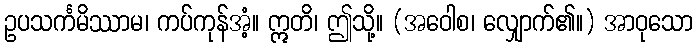
ဥပသင်္ကမိဿာမ၊ ကပ်ကုန်အံ့။ ဣတိ၊ ဤသို့။ (အဝေါစ၊ လျှောက်၏။) အာဝုသော